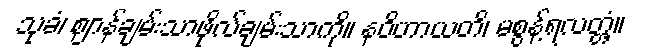
သုခံ၊ ဈာန်ချမ်းသာဖိုလ်ချမ်းသာကို။ နဝိဟာယတိ၊ မစွန့်ရလတ္တံ့။